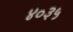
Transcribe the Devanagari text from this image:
४०३५